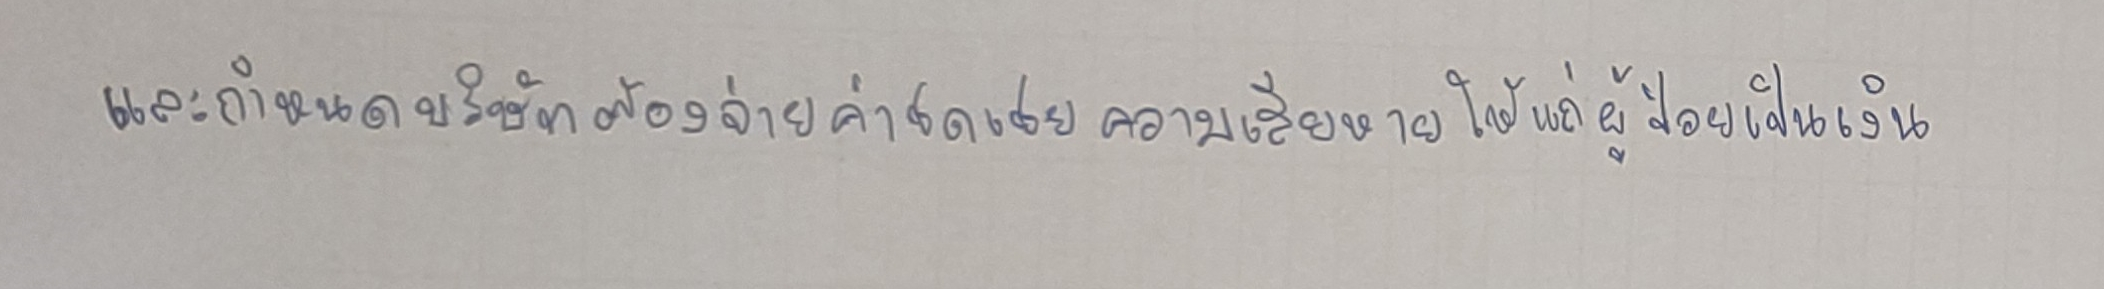
และกำหนดบริษัทต้องจ่ายค่าชดเชยความเสียหายให้แก่ผู้ป่วยเป็นเงิน